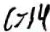
c > 1 4